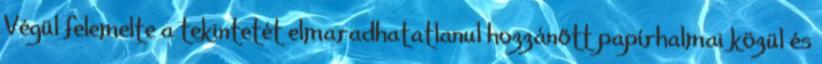
Végül felemelte a tekintetét elmaradhatatlanul hozzánőtt papírhalmai közül és